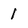
Character: 1